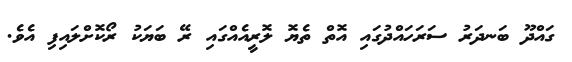
ގައްދޫ ބަނދަރު ސަރަހައްދުގައި އޮތް ތެޔޮ ލޮރީއެއްގައި ރޭ ބަޔަކު ރޯކޮށްލައިފި އެވެ.